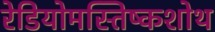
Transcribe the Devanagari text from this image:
रेडियोमस्तिष्कशोथ